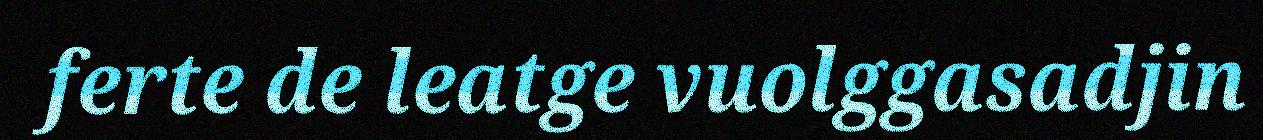
ferte de leatge vuolggasadjin